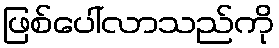
ဖြစ်ပေါ်လာသည်ကို